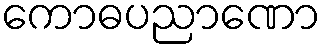
ကောဓပညာဏော